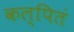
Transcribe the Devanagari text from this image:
कल्पितं